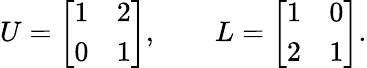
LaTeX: U={\left[\begin{array}{ll}{1}&{2}\\ {0}&{1}\end{array}\right]},\qquad L={\left[\begin{array}{ll}{1}&{0}\\ {2}&{1}\end{array}\right]}.